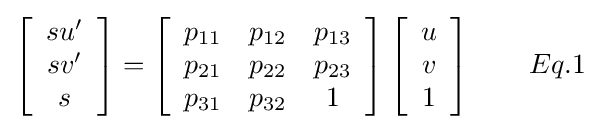
\left[{\begin{array}{c}su'\\sv'\\s\end{array}}\right]=\left[{\begin{array}{ccc}p_{11}&p_{12}&p_{13}\\p_{21}&p_{22}&p_{23}\\p_{31}&p_{32}&1\end{array}}\right]\left[{\begin{array}{c}u\\v\\1\end{array}}\right]\qquad Eq.1